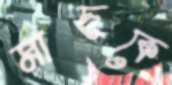
মাছকে